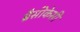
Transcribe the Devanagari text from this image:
ब्रैसीकेसी